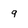
Character: 9